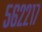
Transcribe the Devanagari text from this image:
५६२२१७